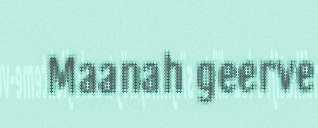
Maanah geerve